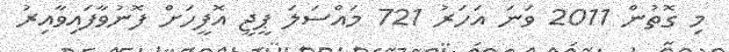
މި ގޮތުން 2011 ވަނަ އަހަރު 721 މައްސަލަ ޕީޖީ އޮފީހަށް ފޮނުވާފައިވާއިރު